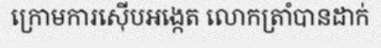
ក្រោមការស៊ើបអង្កេត លោកត្រាំបានដាក់